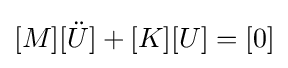
[M][{\ddot {U}}]+[K][U]=[0]